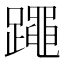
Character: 𰸯